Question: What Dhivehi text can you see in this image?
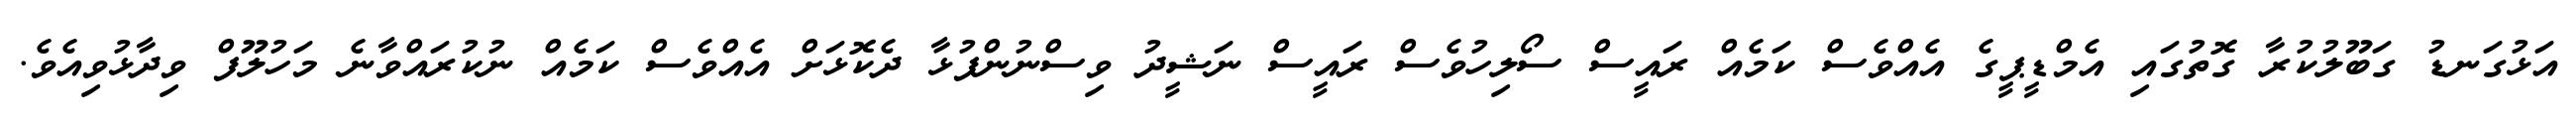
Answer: އަޅުގަނޑު ގަބޫލުކުރާ ގޮތުގައި އެމްޑީޕީގެ އެއްވެސް ކަމެއް ރައީސް ސޯލިހުވެސް ރައީސް ނަޝީދު ވިސްނުންފުޅާ ދެކޮޅަށް އެއްވެސް ކަމެއް ނުކުރައްވާނެ މަހުލޫފް ވިދާޅުވިއެވެ.